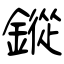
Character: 鏦